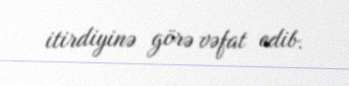
itirdiyinə görə vəfat edib.